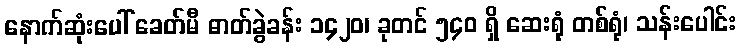
နောက်ဆုံးပေါ် ခေတ်မီ ဓာတ်ခွဲခန်း ၁၄၂၀၊ ခုတင် ၅၄၀ ရှိ ဆေးရုံ တစ်ရုံ၊ သန်းပေါင်း